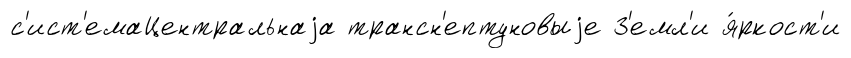
с'ист'емаЦентральнаjа трансн'ептуновыjе З'емл'и я́ркост'и